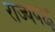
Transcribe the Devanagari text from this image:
राज्यपक्ष